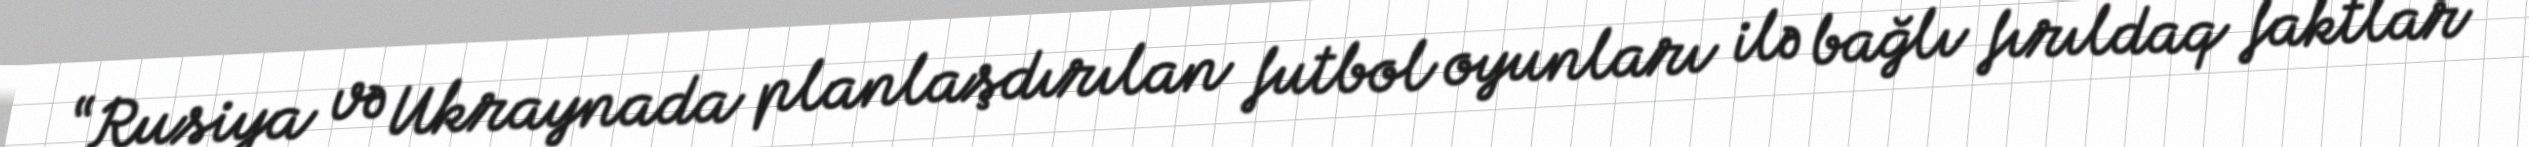
“Rusiya və Ukraynada planlaşdırılan futbol oyunları ilə bağlı fırıldaq faktlar